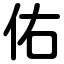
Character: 佑